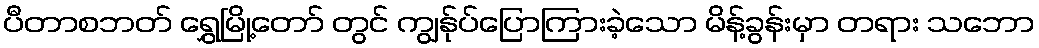
ပီတာစဘတ် ရွှေမြို့တော် တွင် ကျွန်ုပ်ပြောကြားခဲ့သော မိန့်ခွန်းမှာ တရား သဘော